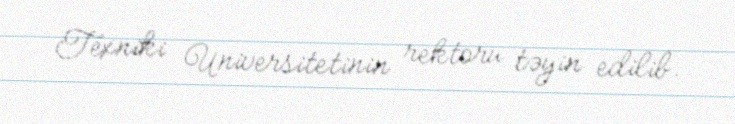
Texniki Universitetinin rektoru təyin edilib.